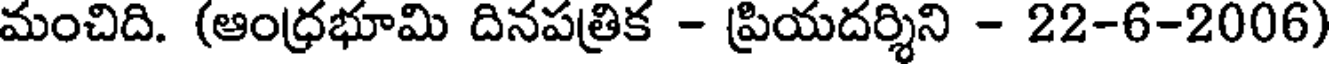
మంచిది. (ఆంధ్రభూమి దినపత్రిక - ప్రియదర్శిని - 22-6-2006)